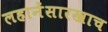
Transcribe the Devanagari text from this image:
लहानेंसारखाच